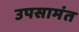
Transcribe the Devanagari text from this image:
उपसामंत